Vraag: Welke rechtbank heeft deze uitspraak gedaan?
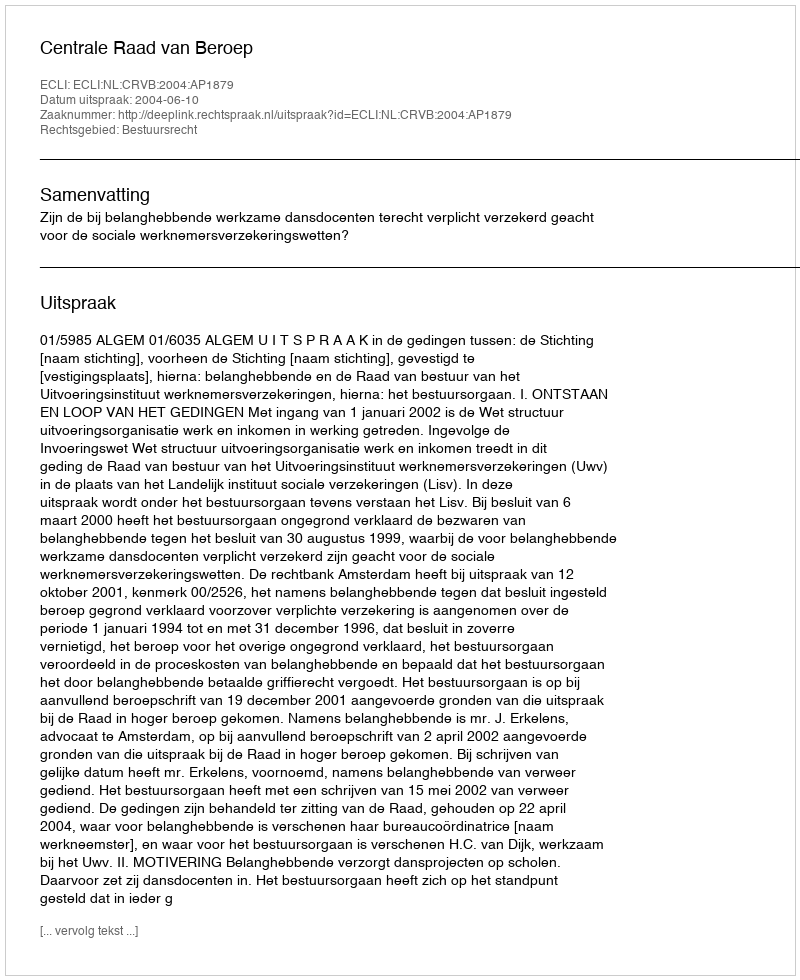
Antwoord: Centrale Raad van Beroep